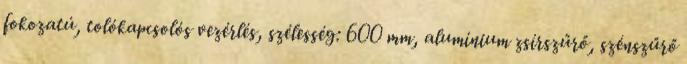
fokozatú, tolókapcsolós vezérlés, szélesség: 600 mm, alumínium zsírszűrő, szénszűrő